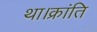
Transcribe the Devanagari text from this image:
था।क्रांति